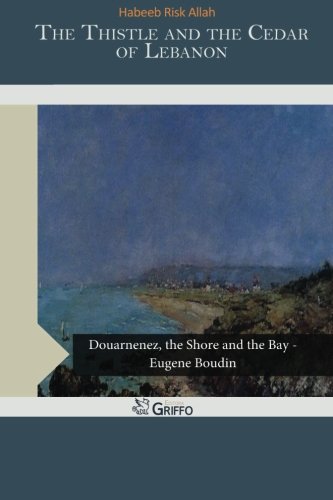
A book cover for The Thistle and the Cedar of Lebanon; Habeeb Risk Allah; Travel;